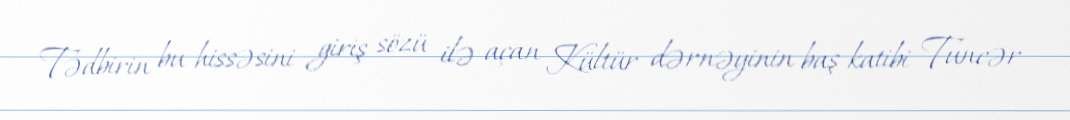
Tədbirin bu hissəsini giriş sözü ilə açan Kültür dərnəyinin baş katibi Tuncər